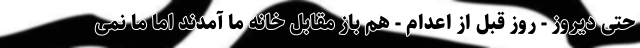
حتی دیروز - روز قبل از اعدام - هم باز مقابل خانه ما آمدند اما ما نمی